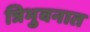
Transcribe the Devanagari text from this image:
त्रिभुवनात